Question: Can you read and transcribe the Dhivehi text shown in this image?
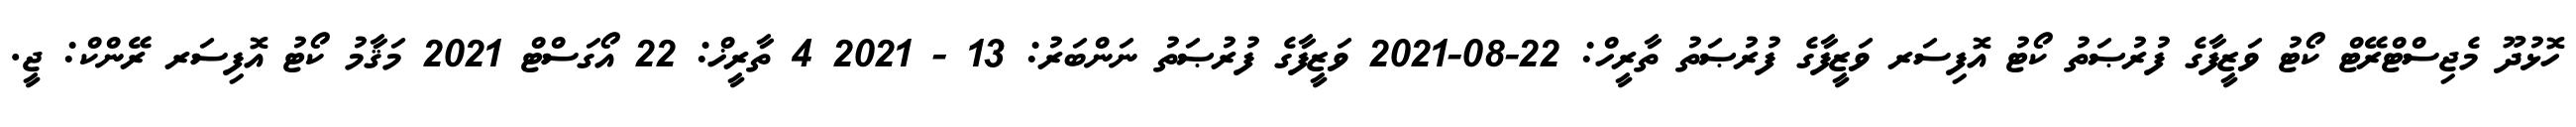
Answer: ހޮޅުދޫ މެޖިސްޓްރޭޓް ކޯޓު ވަޒީފާގެ ފުރުޞަތު ކޯޓު އޮފިސަރ ވަޒީފާގެ ފުރުޞަތު ތާރީހް: 22-08-2021 ވަޒީފާގެ ފުރުޞަތު ނަންބަރު: 13 - 2021 4 ތާރީޚް: 22 އޯގަސްޓް 2021 މަޤާމު ކޯޓު އޮފިސަރ ރޭންކް: ޖީ.